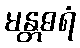
မန္တဓရံ